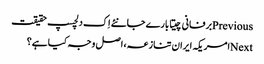
Previousبرفانی چیتا بارے جانئے اِک دلچسپ حقیقت
Nextامریکہ ایران تنازعہ، اصل وجہ کیا ہے؟